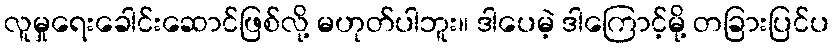
လူမှုရေးခေါင်းဆောင်ဖြစ်လို့ မဟုတ်ပါဘူး။ ဒါပေမဲ့ ဒါကြောင့်မို့ တခြားပြင်ပ